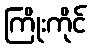
ကြိုးကိုင်